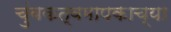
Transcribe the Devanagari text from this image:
चुंबकत्वमापकाच्या